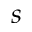
s